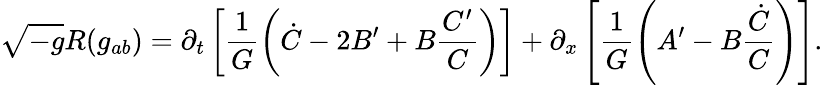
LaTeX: \sqrt{-g}R(g_{ab})=\partial_{t}\left[\frac{1}{G}\left(\dot{C}-2B^{\prime}+B\frac{C^{\prime}}{C}\right)\right]+\partial_{x}\left[\frac{1}{{G}}\left(A^{\prime}-B\frac{\dot{C}}{C}\right)\right].